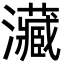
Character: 㶓